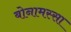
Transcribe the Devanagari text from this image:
बोनामस्सा